Indian journal of veterinary science and animal husbandry - Volumes 15-17, 1948-1951
Year: 1948
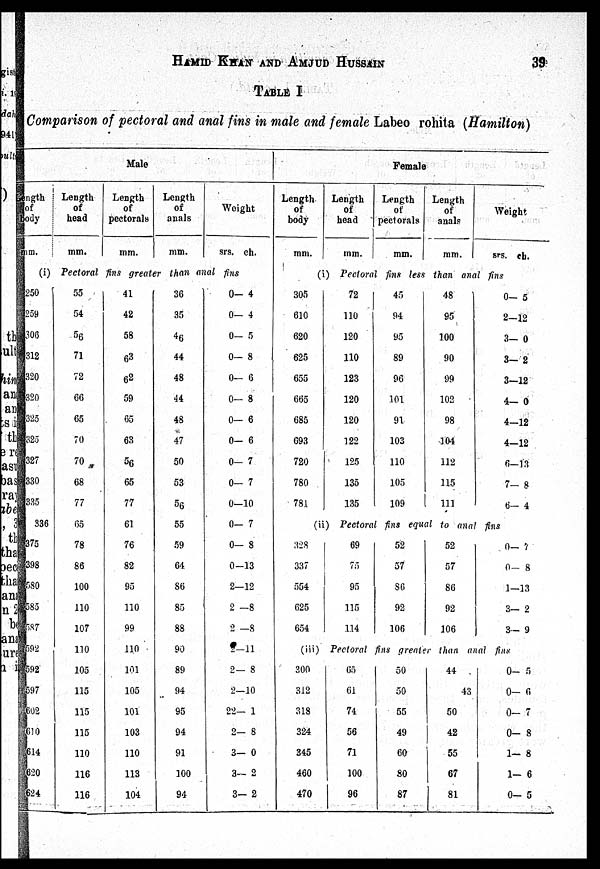
HAMID KHAN AND AMJUD HUSSAIN 39
TABLE I
Comparison of pectoral and anal fins in male and female Labeo rohita (Hamilton)
Male
Length
of
body
mm.
Length
of
head
mm.
Length
of
pectorals
mm.
Length
of
anals
mm.
Weight
srs. ch.
(i) Pectoral fins greater than anal fins
250
259
306
312
320
320
325
325
327
330
335
336
375
398
580
585
587
592
592
597
602
610
614
620
624
55
54
56
71
72
66
65
70
70
68
77
65
78
86
100
110
107
110
105
115
115
115
110
116
116
41
42
58
63
62
59
65
63
56
65
77
61
76
82
95
110
99
110
101
105
101
103
110
113
104
36
35
46
44
48
44
48
47
50
53
56
55
59
64
86
85
88
90
89
94
95
94
91
100
94
0— 4
0— 4
0— 5
0— 8
0— 6
0— 8
0— 6
0— 6
0— 7
0— 7
0—10
0— 7
0— 8
0—13
2—12
2—8
2—8
2—11
2 — 8
2—10
22— 1
2— 8
3— 0
3— 2
3— 2
Female
Length
of
body
mm.
Length
of
head
mm.
Length
of
pectorals
mm.
Length
of
anals
mm.
Weight
srs. ch.
(i) Pectoral fins less than anal fins
305
610
620
625
655
665
685
693
720
780
781
72
110
120
110
123
120
120
122
125
135
135
45
94
95
89
96
101
91
103
110
105
109
48
95
100
90
99
102
98
104
112
115
111
0— 5
2—12
3— 0
3— 2
3—12
4— 0
4—12
4—12
6—13
7— 8
6— 4
(ii) Pectoral fins equal to anal fins
328
337
554
625
654
69
75
95
115
114
52
57
86
92
106
52
57
86
92
106
0— 1
0— 8
1—13
3— 2
3— 9
(iii) Pectoral fins greater than anal fins
300
312
318
324
345
460
470
65
61
74
56
71
100
96
50
50
55
49
60
80
87
44
43
50
42
55
67
81
0— 5
0— 6
0— 7
0— 8
1— 8
1— 6
0— 5